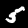
Label: 5